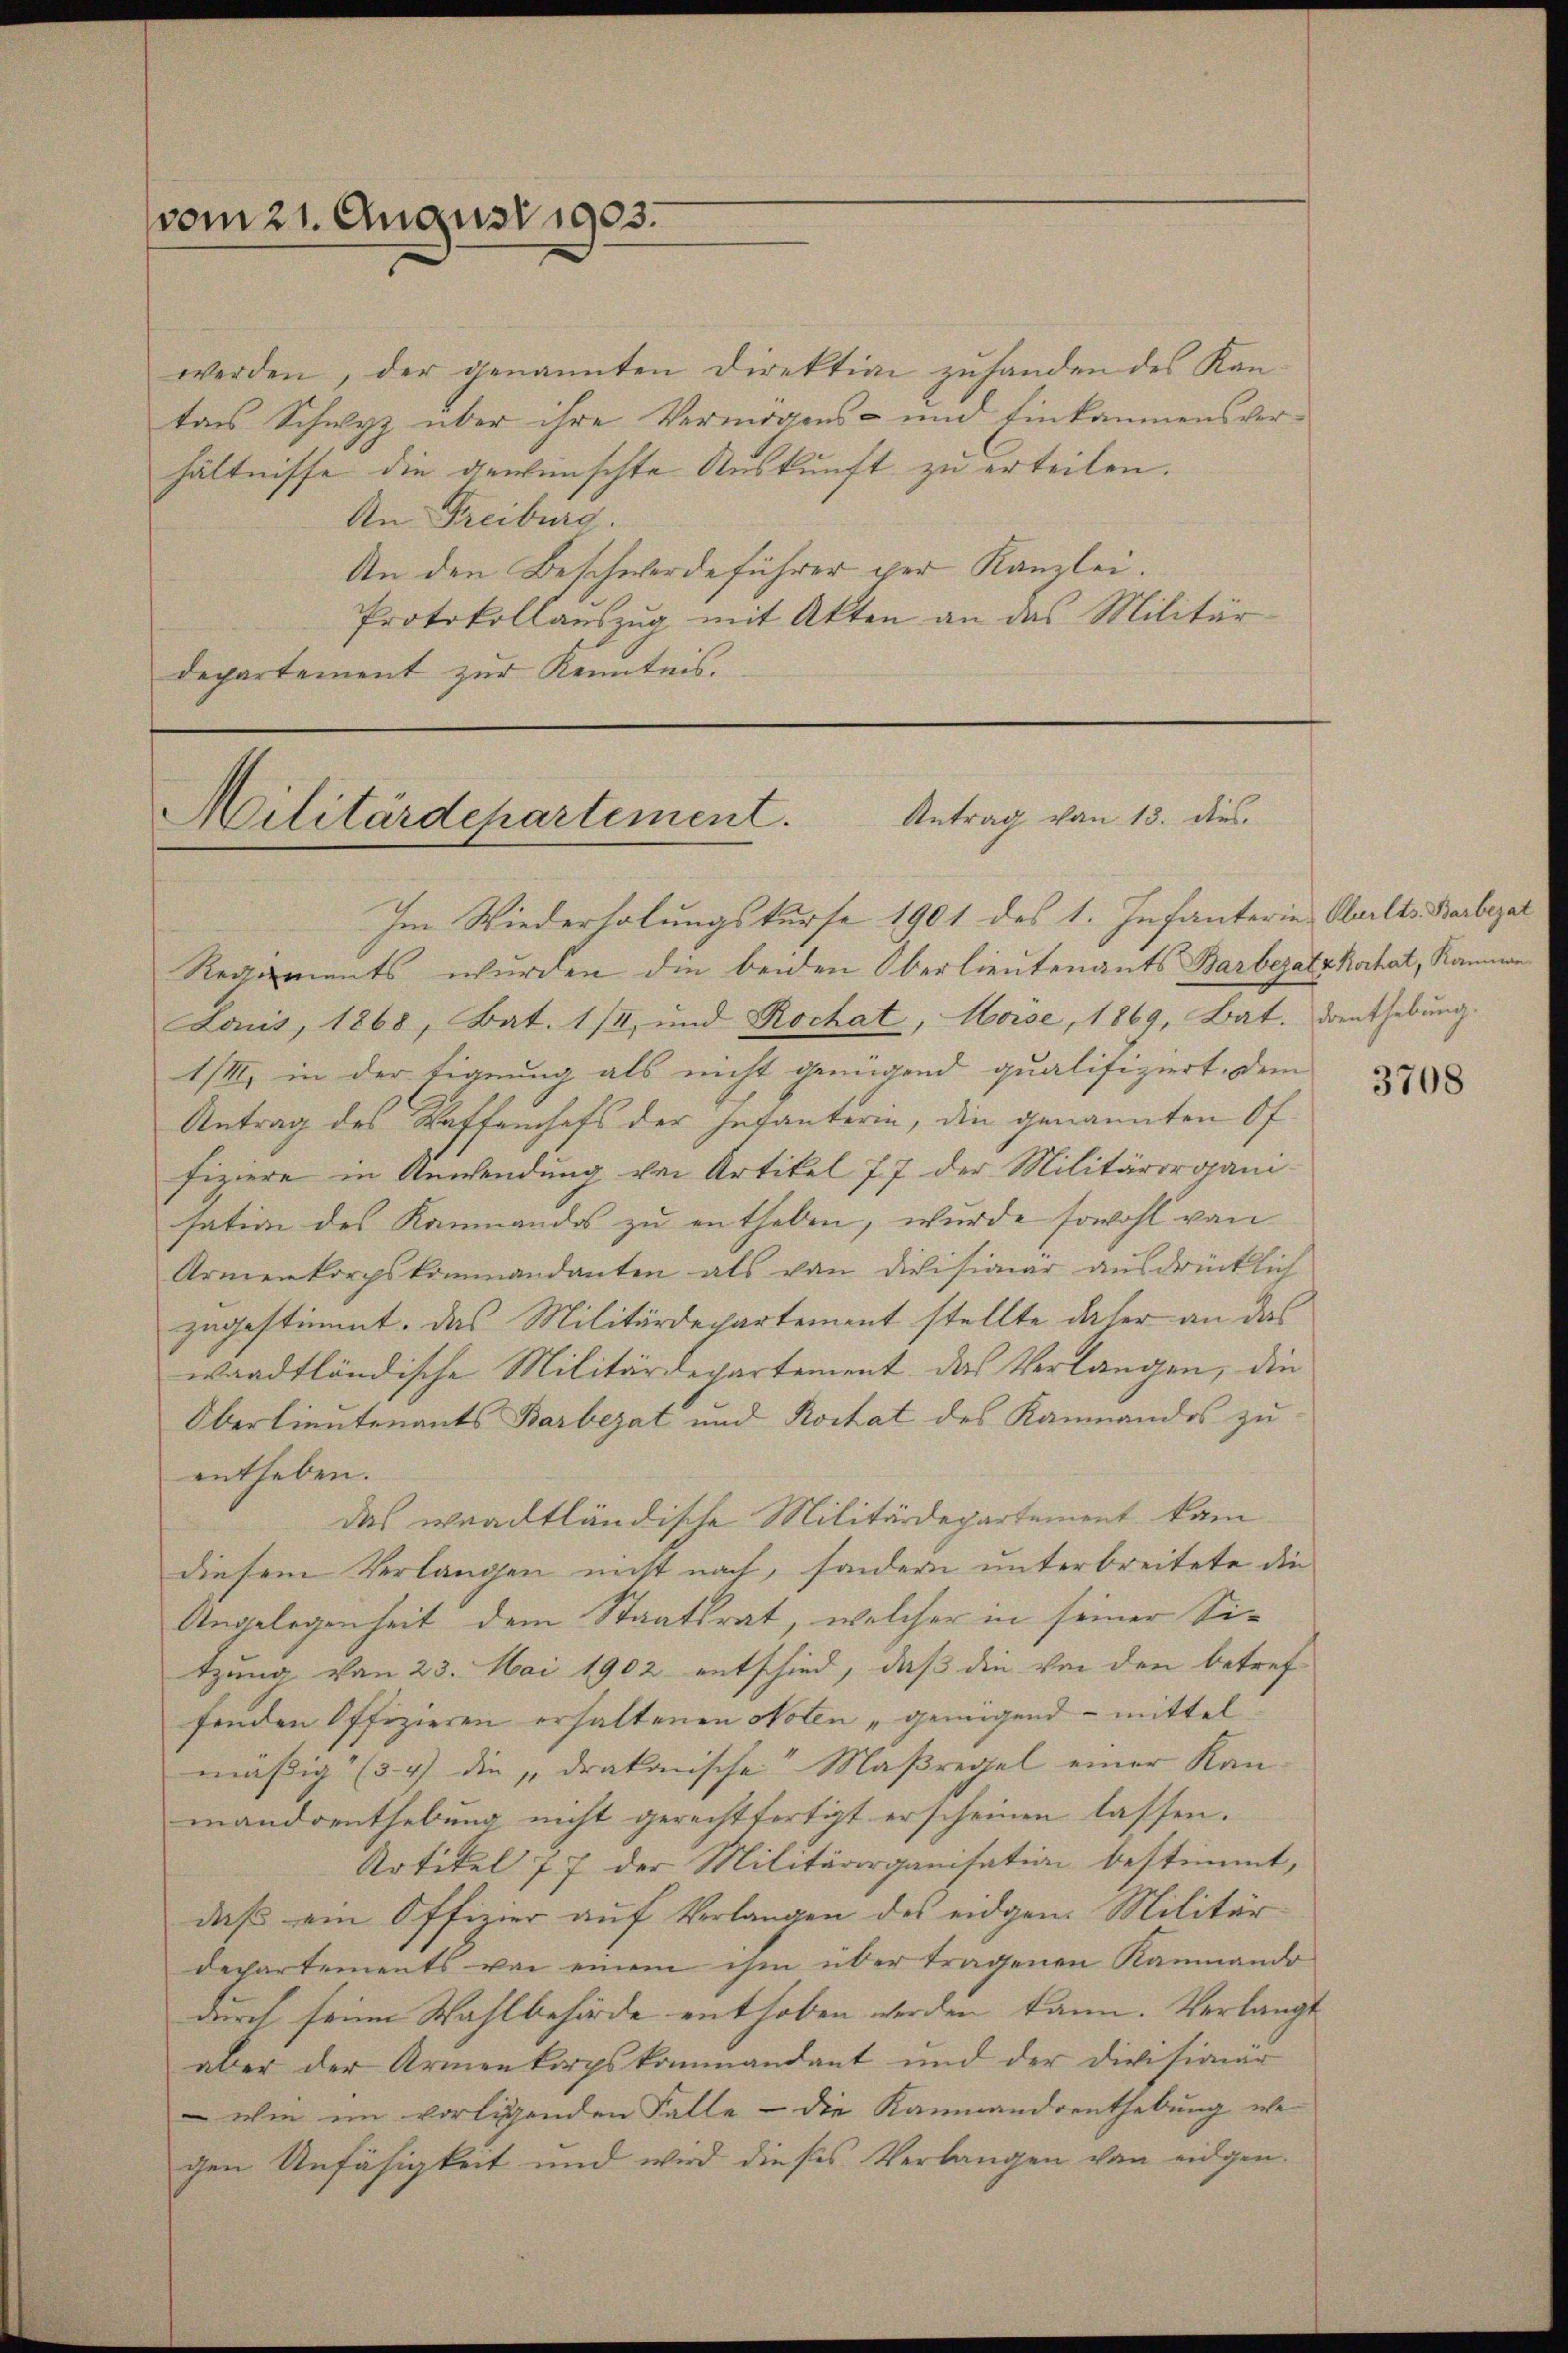
vom 21. August 1903.

werden, der genannten Direktion zuhanden des Kantars Schwyz über ihre Vermögens- und Einkommensverhältnisse die gewünschte Auskunft zu erteilen.
An Freiburg.
An den Beschwerdeführer per Kanzlei.
Protokollauszug mit Akten an das Militär-
departement zur Kenntnis.

Antrag von 13. dies
Militärdepartement.

Im Wiederholungskurse 1901 des 1. Infanterin, Aarlts. Barbezal
Regiments wurden die beiden Oberlieutenants Barbezatzkochat, Kamme
Lais, 1868, Bat. 114, und Rochat, Moise, 1869, Bat. Dienthebung.
III, in der Eignung als nicht genügend qualifiziert, dem
Antrag des Waffenhefs der Infanterin, die genannten Of
fiziere in Anwendung von Artikel 77 der Militärorganisation des Kammandos zu entheben, wurde sowohl von
Armenkorpskommandanten als von Divisionär ausdrücklich
zugestimmt. Das Militärdepartement stellte daher an das
waadtländische Militärdepartement das Verlangen, die
Oberlieutenants Barbezat und Koitat des Kaumandos zu
entheben.
das waadtländische Militärdepartement kam
diesem Verlangen nicht nach, sondern unterbreitete die
Angelegenheit dem Staatsrat, welcher in seiner Sitzung von 23. Mai 1902 entschied, daß die von den betreffenden Offizieren erhaltenen Noten „genügend – mittel
mäßig (54) die „drakonische Maßregel einer Kan-
mandoenthebung nicht gerechtfertigt erscheinen lassen.
Artikel 77 der Militärorganisation bestimmt,
daß ein Offizier auf Verlangen des eidgen. Militär
departements von einem ihm über tragenen Kammando
durch seine Wahlbehörde enthoben werden kann. Verlangt
aber der Armenkorpskommandant und der Divisionär
 wie im vorligenden Falle - die Kammandrenthebung we
gen Unfähigkeit und wird dieses Verlangen von eidgen.

3708